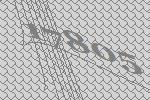
17805